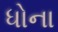
ધોના